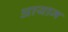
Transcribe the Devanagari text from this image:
अायाम